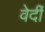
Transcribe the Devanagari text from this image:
वेर्दी